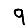
Digit: 9